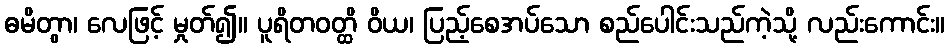
ဓမိတွာ၊ လေဖြင့် မှုတ်၍။ ပူရိတဝတ္ထိ ဝိယ၊ ပြည့်စေအပ်သော စည်ပေါင်းသည်ကဲ့သို့ လည်းကောင်း။